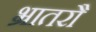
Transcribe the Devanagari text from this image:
भ्रातरौ